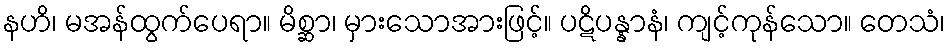
နဟိ၊ မအန်ထွက်ပေရာ။ မိစ္ဆာ၊ မှားသောအားဖြင့်။ ပဋိပန္နာနံ၊ ကျင့်ကုန်သော။ တေသံ၊